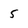
Character: 5